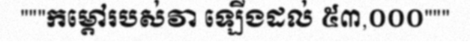
"""កម្តៅរបស់វា ឡើងដល់ ៥៣,០០០"""